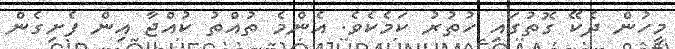
މީހުން ދެކޭ ގޮތުގައި ހުތުރު ކަމެކެވެ. އެންމެ ތުއްތު ކުއްޖާ އިން ފެށިގެން